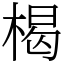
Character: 楬